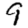
Digit: 9